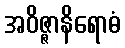
အဝိဇ္ဇာနိရောဓံ